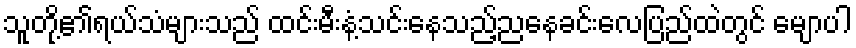
သူတို့၏ရယ်သံများသည် ထင်းမီးနံ့သင်းနေသည့်ညနေခင်းလေပြည်ထဲတွင် မျောပါ